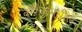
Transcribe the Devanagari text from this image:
कपोतमधील